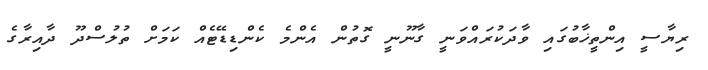
ރިޔާސީ އިންތީޚާބުގައި ވާދަކުރައްވަނީ ގާނޫނީ ގޮތުން އެންމެ ކެންޑިޑޭޓެއް ކަމަށް ތުލުސްދޫ ދާއިރާގެ